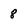
Character: 8